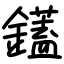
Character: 鑉